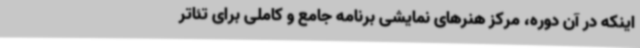
اینکه در آن دوره، مرکز هنرهای نمایشی برنامه جامع و کاملی برای تئاتر